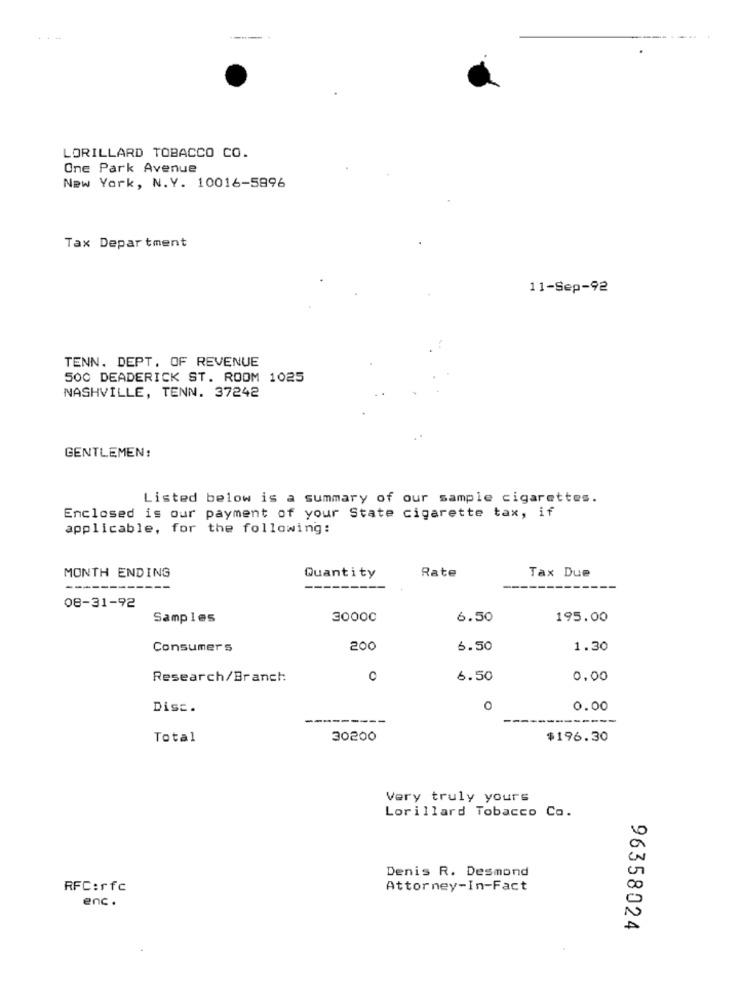
LORILLARD TOBACCO CO.
One Park Avenue
New York, N.Y. 10016-5896
Tax Department
11-Sep-92
TENN. DEPT. OF REVENUE
500 DEADERICK ST. ROOM 1025
NASHVILLE, TENN. 37242
GENTLEMEN:
Listed below is a summary of our sample cigarettes.
Enclosed is our payment of your State cigarette tax, if
applicable, for the following:
Rate
MONTH ENDING
Quantity
Tax Due
----
08-31-92
Samples
30000
6.50
195.00
Consumers
200
6.50
1.30
Research/Branch
C
6.50
0,00
Disc.
0.00
----
Total
30200
$196.30
Very truly yours
Lorillard Tobacco Co.
Denis R. Desmond
RFC:rfc
Attorney-In-Fact
enc .
96358024